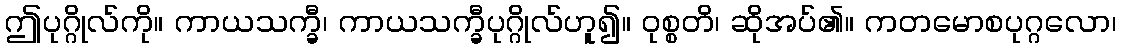
ဤပုဂ္ဂိုလ်ကို။ ကာယသက္ခီ၊ ကာယသက္ခီပုဂ္ဂိုလ်ဟူ၍။ ဝုစ္စတိ၊ ဆိုအပ်၏။ ကတမောစပုဂ္ဂလော၊